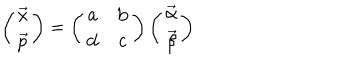
LaTeX: \left( \begin{array} { c } { { \vec { x } } } \\ { { \vec { p } } } \\ \end{array} \right) = \left( \begin{array} { c c } { { { \mathbf a } } } & { { { \mathbf b } } } \\ { { { \mathbf d } } } & { { { \mathbf c } } } \\ \end{array} \right) \left( \begin{array} { c } { { \vec { \alpha } } } \\ { { \vec { \beta } } } \\ \end{array} \right)